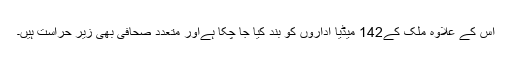
اس کے علاوہ ملک کے142 میڈیا اداروں کو بند کیا جا چکا ہےاور متعدد صحافی بھی زیرِ حراست ہیں۔